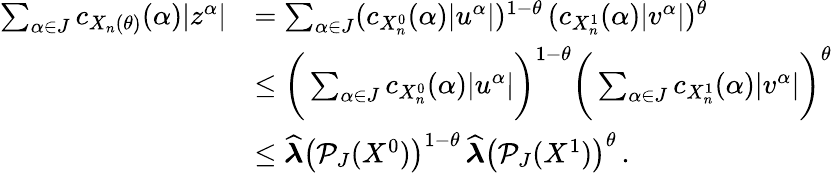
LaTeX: \begin{array}{rl}{\sum_{\alpha\in J}c_{X_{n}(\theta)}(\alpha)|z^{\alpha}|}&{=\sum_{\alpha\in J}(c_{X_{n}^{0}}(\alpha)|u^{\alpha}|)^{1-\theta}\, (c_{X_{n}^{1}}(\alpha)|v^{\alpha}|)^{\theta}}\\ &{\leq\bigg(\sum_{\alpha\in J}c_{X_{n}^{0}}(\alpha)|u^{\alpha}|\bigg)^{1-\theta}\bigg(\sum_{\alpha\in J}c_{X_{n}^{1}}(\alpha)|v^{\alpha}|\bigg)^{\theta}}\\ &{\leq\widehat{\boldsymbol{\lambda}}\big(\mathcal{P}_{J}(X^{0})\big)^{1-\theta}\, \widehat{\boldsymbol{\lambda}}\big(\mathcal{P}_{J}(X^{1})\big)^{\theta}\, .}\end{array}